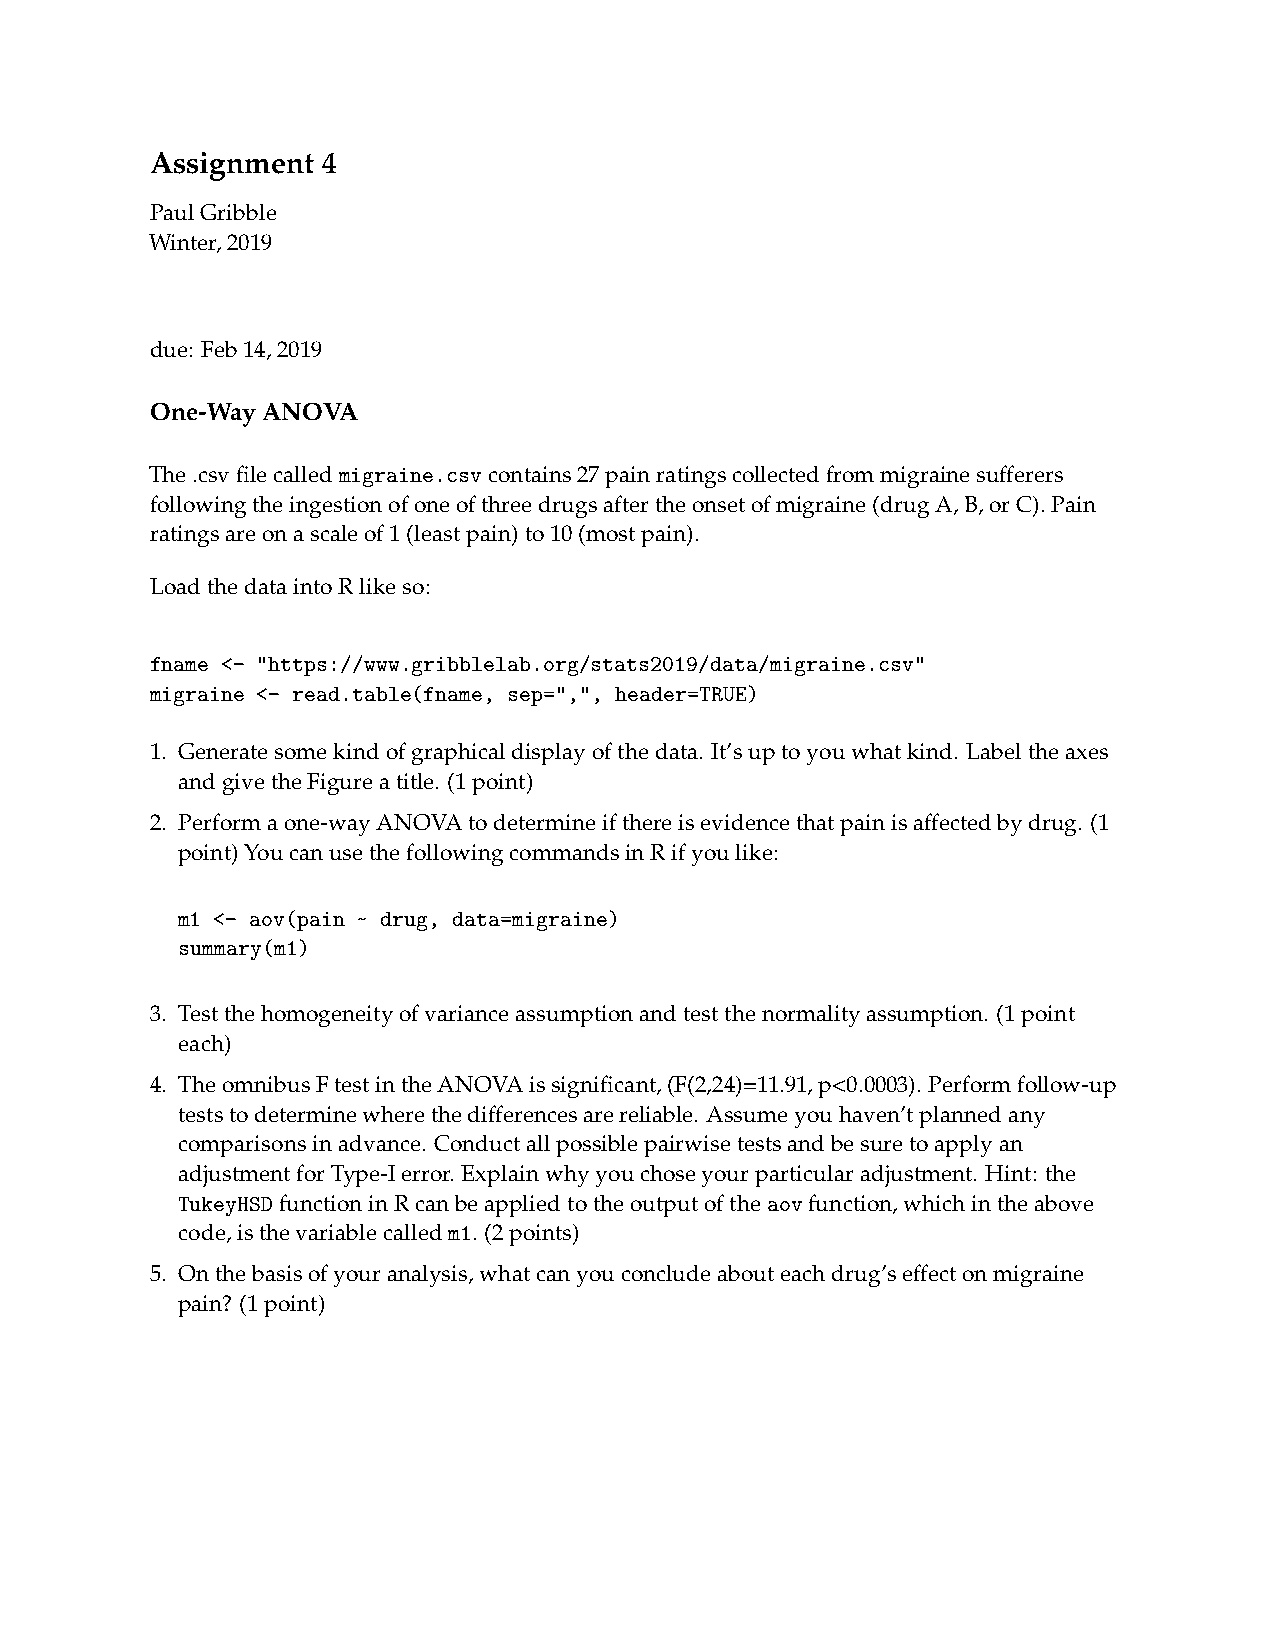
Assignment 4
 PaulGribble
 Winter,2019
 due: Feb14,2019
 One-WayANOVA
 The.csvfilecalledmigraine.csvcontains27painratingscollectedfrommigrainesufferers
 followingtheingestionofoneofthreedrugsaftertheonsetofmigraine(drugA,B,orC).Pain
 ratingsareonascaleof1(leastpain)to10(mostpain).
 LoadthedataintoRlikeso:
 fname <- "https://www.gribblelab.org/stats2019/data/migraine.csv"
 migraine <- read.table(fname, sep=",", header=TRUE)
 1. Generatesomekindofgraphicaldisplayofthedata. It’suptoyouwhatkind. Labeltheaxes
 andgivetheFigureatitle. (1point)
 2. Performaone-wayANOVAtodetermineifthereisevidencethatpainisaffectedbydrug. (1
 point)YoucanusethefollowingcommandsinRifyoulike:
 m1 <- aov(pain ~ drug, data=migraine)
 summary(m1)
 3. Testthehomogeneityofvarianceassumptionandtestthenormalityassumption. (1point
 each)
 4. TheomnibusFtestintheANOVAissignificant,(F(2,24)=11.91,p<0.0003). Performfollow-up
 teststodeterminewherethedifferencesarereliable. Assumeyouhaven’tplannedany
 comparisonsinadvance. Conductallpossiblepairwisetestsandbesuretoapplyan
 adjustmentforType-Ierror. Explainwhyyouchoseyourparticularadjustment. Hint: the
 TukeyHSDfunctioninRcanbeappliedtotheoutputoftheaovfunction,whichintheabove
 code,isthevariablecalledm1. (2points)
 5. Onthebasisofyouranalysis,whatcanyouconcludeabouteachdrug’seffectonmigraine
 pain? (1point)